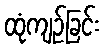
ထုံကျဉ်ခြင်း